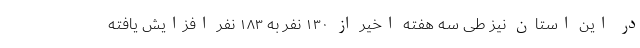
در این استان نیز طی سه هفته اخیر از ۱۳۰ نفر به ۱۸۳ نفر افزایش یافته